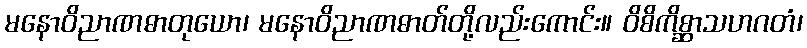
မနောဝိညာဏဓာတုယော၊ မနောဝိညာဏဓာတ်တို့လည်းကောင်း။ ဝိစိကိစ္ဆာသဟဂတံ၊